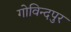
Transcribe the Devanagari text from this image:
गोविन्‍दपुर